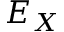
E _ { X }